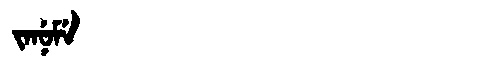
Manchu: ᠵᠠᠨᡠᠮᡝ
Romanization: JANUME